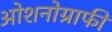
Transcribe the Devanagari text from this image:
ओशनोग्राफी